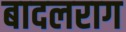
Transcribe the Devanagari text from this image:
बादलराग